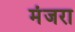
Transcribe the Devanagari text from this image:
मंजरा